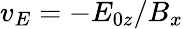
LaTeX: {v_{E}}=-{E_{0z}}/B_{x}